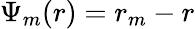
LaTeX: \Psi_{m}(r)=r_{m}-r